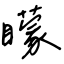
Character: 矇